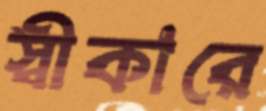
স্বীকারে